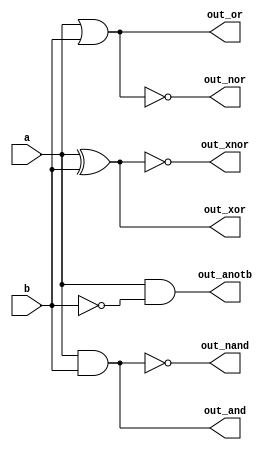
module top_module(
    input a, b,
    output out_and,
    output out_or,
    output out_xor,
    output out_nand,
    output out_nor,
    output out_xnor,
    output out_anotb
);

    and AND1(out_and, a, b);
    or OR(out_or, a, b);
    xor XOR(out_xor, a, b);
    nand NAND(out_nand, a, b);
    nor NOR(out_nor, a, b);
    xnor XNOR(out_xnor, a, b);
    and AND2(out_anotb, a, ~b);

endmodule